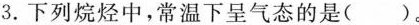
3.下列烷烃中，常温下呈气态的是（）。